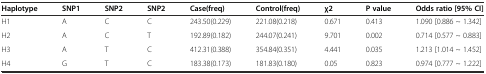
<table><thead><tr><td><b>Haplotype</b></td><td><b>SNP1</b></td><td><b>SNP2</b></td><td><b>SNP2</b></td><td><b>Case(freq)</b></td><td><b>Control(freq)</b></td><td><b>χ2</b></td><td><b>P value</b></td><td><b>Odds ratio [95% CI]</b></td></tr></thead><tbody><tr><td>H1</td><td>A</td><td>C</td><td>C</td><td>243.50(0.229)</td><td>221.08(0.218)</td><td>0.671</td><td>0.413</td><td>1.090 [0.886 ~ 1.342]</td></tr><tr><td>H2</td><td>A</td><td>C</td><td>T</td><td>192.89(0.182)</td><td>244.07(0.241)</td><td>9.701</td><td>0.002</td><td>0.714 [0.577 ~ 0.883]</td></tr><tr><td>H3</td><td>A</td><td>T</td><td>C</td><td>412.31(0.388)</td><td>354.84(0.351)</td><td>4.441</td><td>0.035</td><td>1.213 [1.014 ~ 1.452]</td></tr><tr><td>H4</td><td>G</td><td>T</td><td>C</td><td>183.38(0.173)</td><td>181.83(0.180)</td><td>0.05</td><td>0.823</td><td>0.974 [0.777 ~ 1.222]</td></tr></tbody></table>